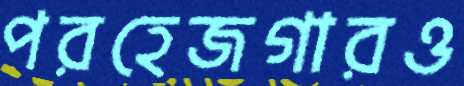
পরহেজগারও